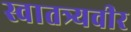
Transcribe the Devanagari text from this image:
स्वातत्र्यवीर